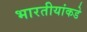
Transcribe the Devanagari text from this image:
भारतीयांकडे